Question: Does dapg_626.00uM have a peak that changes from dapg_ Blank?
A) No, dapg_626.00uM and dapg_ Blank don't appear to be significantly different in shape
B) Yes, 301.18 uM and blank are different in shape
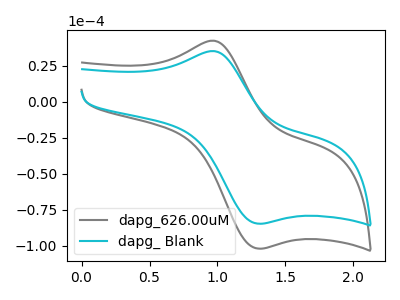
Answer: <think>The gray curve "dapg_626.00uM" has an anodic peak at (0.95V, 42.50uA) and a cathodic peak at (1.30V, -101.80uA). The cyan curve "dapg_ Blank" has an anodic peak at (0.95V, 35.25uA) and a cathodic peak at (1.30V, -84.55uA).
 All the peaks in "dapg_626.00uM" have a peak in "dapg_ Blank" at the same potential. Every peak in "dapg_626.00uM" is higher than every peak in "dapg_ Blank".</think>
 <answer>A) No, "dapg_626.00uM" and "dapg_ Blank" don't appear to be significantly different in shape</answer>
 <eval>A</eval>